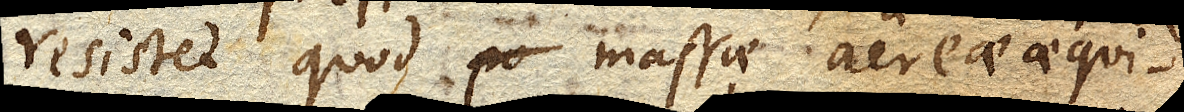
resistet quod massae aereae aequi–